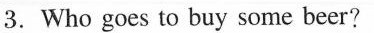
3. Who goes to buy some beer?